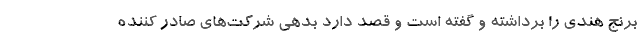
برنج هندی را برداشته و گفته است و قصد دارد بدهی شرکت‌های صادر کننده